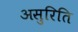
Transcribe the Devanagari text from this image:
असुरिति